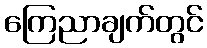
ကြေညာချက်တွင်